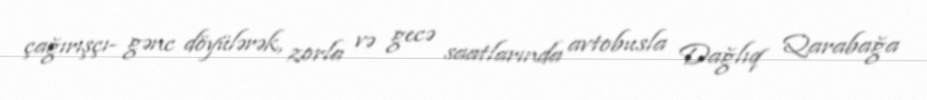
çağırışçı- gənc döyülərək, zorla və gecə saatlarında avtobusla Dağlıq Qarabağa